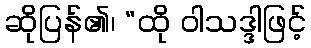
ဆိုပြန်၏၊ “ထို ဝါသဒ္ဒါဖြင့်